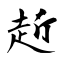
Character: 赾